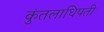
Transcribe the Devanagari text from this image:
कुंतलाधिपती